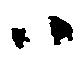
ハ